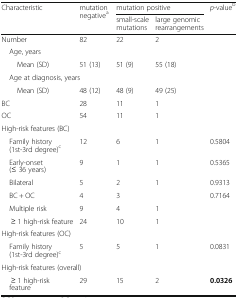
| <ROWSPAN=2> Characteristic | <ROWSPAN=2> mutation negativea | <COLSPAN=2> mutation positive | <ROWSPAN=2> p-valueb |
 | small-scale mutations | large genomic rearrangements |
 | --- | --- | --- | --- | --- |
 | Number | 82 | 22 | 2 |  |
 | <COLSPAN=5> Age, years |
 | Mean (SD) | 51 (13) | 51 (9) | 55 (18) |  |
 | <COLSPAN=5> Age at diagnosis, years |
 | Mean (SD) | 48 (12) | 48 (9) | 49 (25) |  |
 | BC | 28 | 11 | 1 |  |
 | OC | 54 | 11 | 1 |  |
 | <COLSPAN=5> High-risk features (BC) |
 | Family history (1st-3rd degree)c | 12 | 6 | 1 | 0.5804 |
 | Early-onset (≤ 36 years) | 9 | 1 | 1 | 0.5365 |
 | Bilateral | 5 | 2 | 1 | 0.9313 |
 | BC + OC | 4 | 3 |  | 0.7164 |
 | Multiple risk | 9 | 4 | 1 |  |
 | ≥ 1 high-risk feature | 24 | 10 | 1 |  |
 | <COLSPAN=5> High-risk features (OC) |
 | Family history (1st-3rd degree)c | 5 | 5 | 1 | 0.0831 |
 | <COLSPAN=5> High-risk features (overall) |
 | ≥ 1 high-risk feature | 29 | 15 | 2 | 0.0326 |